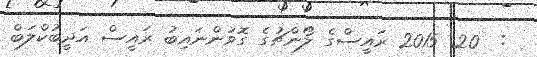
:  20